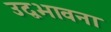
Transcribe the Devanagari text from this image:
उद्वभावना